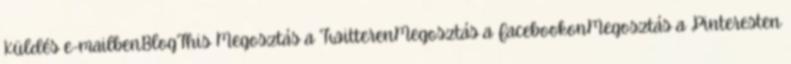
Küldés e-mailbenBlogThis Megosztás a TwitterenMegosztás a FacebookonMegosztás a Pinteresten